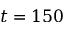
t = 1 5 0